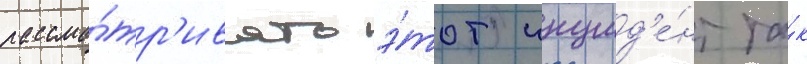
рассма́тр'ивать э́тот инцид'е́нт та́к